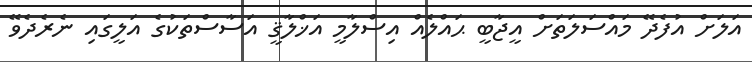
އަލަށް އުފެދޭ މައްސަލަތަށް އީޖާބީ ޙައްލެއް އިސްލާމީ އަޚްލާޤީ އަސާސްތަކުގެ އަލީގައި ނެރެދެވޭ